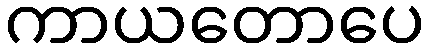
ကာယတောပေ